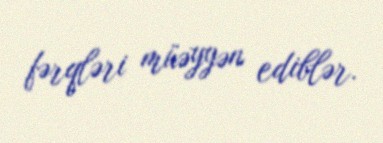
fərqləri müəyyən ediblər.